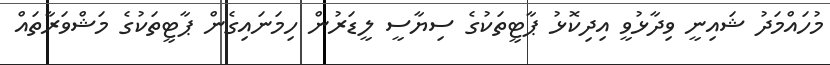
މުހައްމަދު ޝައިނީ ވިދާޅުވީ އިދިކޮޅު ޕާޓީތަކުގެ ސިޔާސީ ލީޑަރުން ހިމަނައިގެން ޕާޓީތަކުގެ މަޝްވަރާތައް